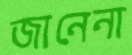
জানেনা